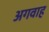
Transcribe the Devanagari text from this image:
अगवाह